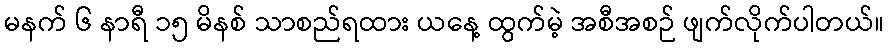
မနက် ၆ နာရီ ၁၅ မိနစ် သာစည်ရထား ယနေ့ ထွက်မဲ့ အစီအစဉ် ဖျက်လိုက်ပါတယ်။